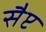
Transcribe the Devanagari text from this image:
सैप्ट